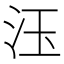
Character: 𱥼